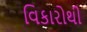
વિકારોથી